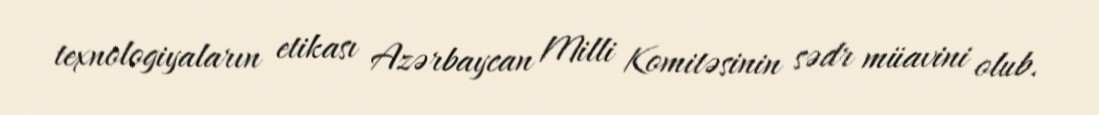
texnologiyaların etikası Azərbaycan Milli Komitəsinin sədr müavini olub.